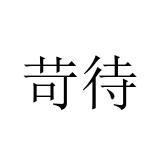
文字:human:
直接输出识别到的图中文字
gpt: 苛待